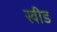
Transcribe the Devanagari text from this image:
खीड